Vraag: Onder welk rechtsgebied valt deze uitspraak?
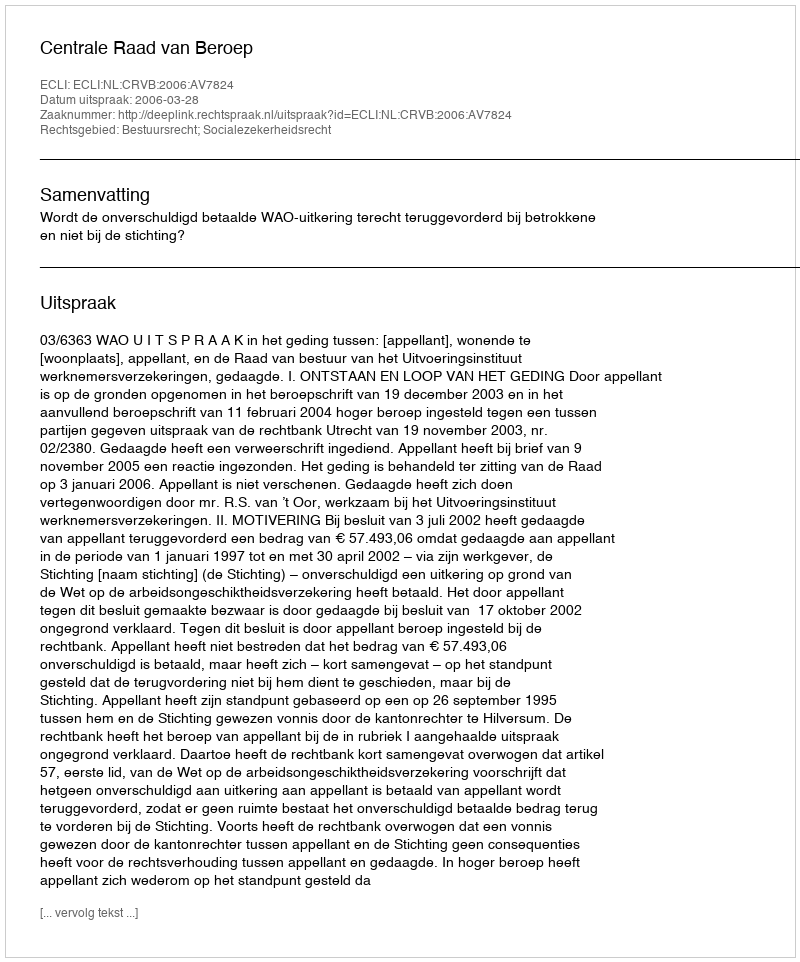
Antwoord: Bestuursrecht; Socialezekerheidsrecht